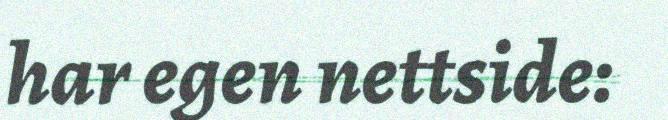
har egen nettside: